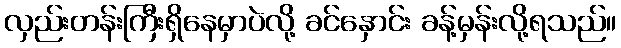
လှည်းတန်းကြီးရှိနေမှာပဲလို့ ခင်နှောင်း ခန့်မှန်းလို့ရသည်။